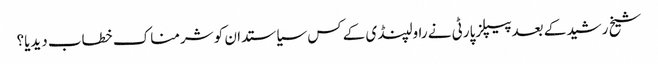
شیخ رشید کے بعدپیپلزپارٹی نے راولپنڈی کے کس سیاستدان کو شرمناک خطاب دیدیا؟